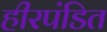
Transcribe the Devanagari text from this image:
हीरपंडित